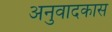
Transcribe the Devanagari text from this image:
अनुवादकास